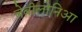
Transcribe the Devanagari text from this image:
बेबीलोनिआ